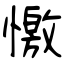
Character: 憿